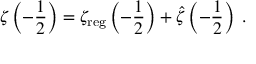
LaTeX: \zeta \left( - \frac { 1 } { 2 } \right) = \zeta _ { \mathrm { r e g } } \left( - \frac { 1 } { 2 } \right) + \hat { \zeta } \left( - \frac { 1 } { 2 } \right) \; .